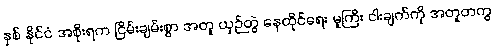
နှစ် နိုင်ငံ အစိုးရက ငြိမ်းချမ်းစွာ အတူ ယှဉ်တွဲ နေထိုင်ရေး မူကြီး ငါးချက်ကို အတူတကွ